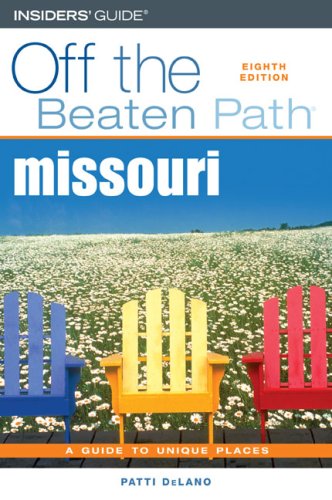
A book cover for Missouri Off the Beaten Path, 8th (Off the Beaten Path Series); Patti DeLano; Travel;